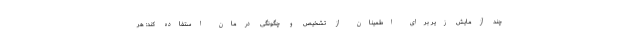
چند آزمایش زیر برای اطمینان از تشخیص و چگونگی درمان استفاده کند: هر